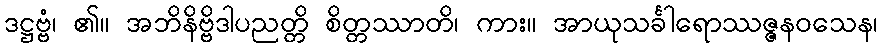
ဒဋ္ဌဗ္ဗံ၊ ၏။ အဘိနိဗ္ဗိဒါပညတ္တိ စိတ္တဿာတိ၊ ကား။ အာယုသင်္ခါရောဿဇ္ဇနဝသေန၊